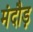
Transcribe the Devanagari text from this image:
मंदौड़